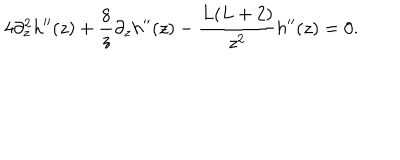
4 \partial _ { z } ^ { 2 } h ^ { \prime \prime } ( z ) + { \frac { 8 } { z } } \partial _ { z } h ^ { \prime \prime } ( z ) - { \frac { L ( L + 2 ) } { z ^ { 2 } } } h ^ { \prime \prime } ( z ) = 0 .